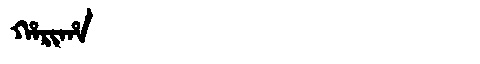
Manchu: ᡥᠠᡵᡳᡥᠠ
Romanization: HARIHA